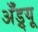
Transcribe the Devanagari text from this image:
अॅँड्र्यू